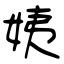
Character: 姨